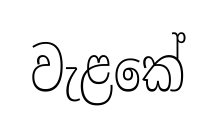
වැළකේ